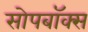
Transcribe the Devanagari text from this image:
सोपबॉक्स